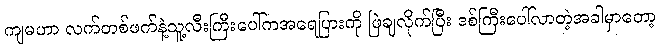
ကျမဟာ လက်တစ်ဖက်နဲ့သူ့လီးကြီးပေါ်ကအရေပြားကို ဖြဲချလိုက်ပြီး ဒစ်ကြီးပေါ်လာတဲ့အခါမှာတော့